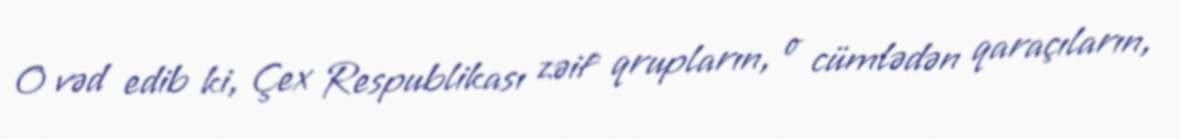
O vəd edib ki, Çex Respublikası zəif qrupların, o cümlədən qaraçıların,